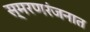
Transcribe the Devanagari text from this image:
स्मरणरंजनात